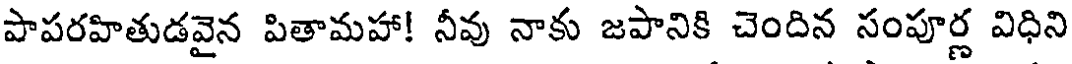
పాపరహితుడవైన పితామహా! నీవు నాకు జపానికి చెందిన సంపూర్ణ విధిని